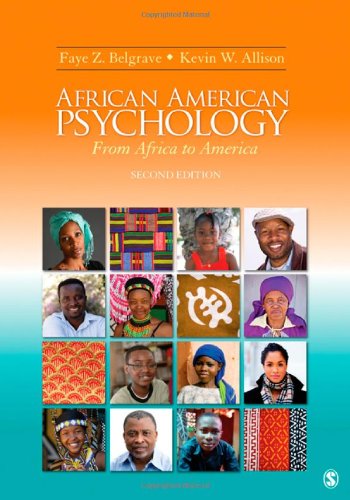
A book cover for African American Psychology: From Africa to America; Faye Z. (Zollicoffer) Belgrave; Medical Books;